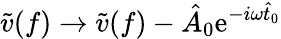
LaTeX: \tilde{v}(f)\to\tilde{v}(f)-\hat{A}_{0}\mathrm{e}^{-i\omega\hat{t}_{0}}